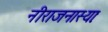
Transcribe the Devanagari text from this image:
नीराजनास्याः